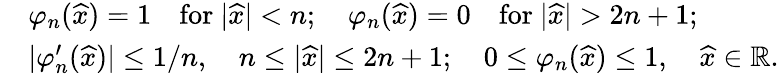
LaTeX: \begin{array}{rl}&{\varphi_{n}(\widehat{x})=1\quad\mathrm{for~}|\widehat{x}|<n;\quad\varphi_{n}(\widehat{x})=0\quad\mathrm{for~}|\widehat{x}|>2n+1;}\\ &{|\varphi_{n}^{\prime}(\widehat{x})|\leq 1/n,\quad n\leq|\widehat{x}|\leq 2n+1;\quad 0\leq\varphi_{n}(\widehat{x})\leq 1,\quad\widehat{x}\in{\mathbb R}.}\end{array}